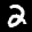
Label: 2